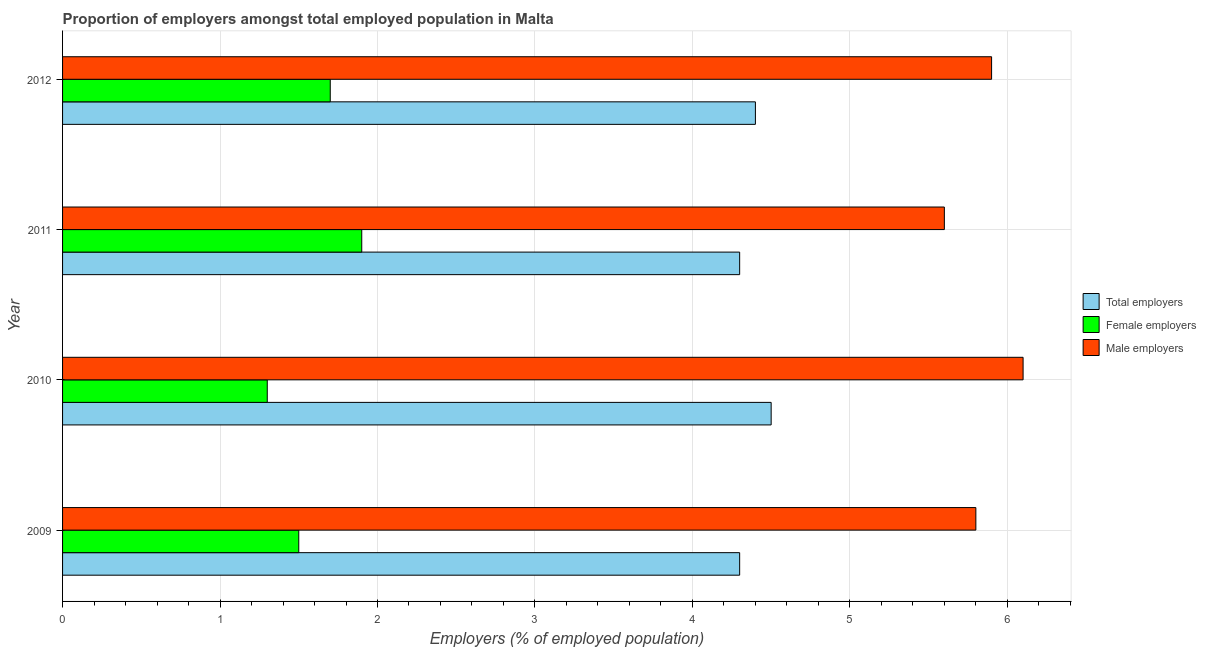
| Year | Total employers | Female employers | Male employers |
 | --- | --- | --- | --- |
 | 2009 | 4.3 | 1.5 | 5.8 |
 | 2010 | 4.5 | 1.3 | 6.1 |
 | 2011 | 4.3 | 1.9 | 5.6 |
 | 2012 | 4.4 | 1.7 | 5.9 |